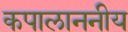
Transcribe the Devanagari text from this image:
कपालाननीय